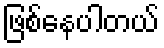
ဖြစ်နေပါတယ်